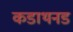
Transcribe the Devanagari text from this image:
कडाथनड